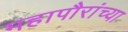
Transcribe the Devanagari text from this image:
महापौरांच्या